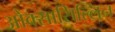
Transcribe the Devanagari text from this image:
ओक्सासिल्लिन